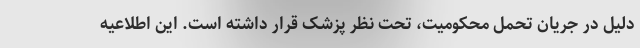
دلیل در جریان تحمل محکومیت، تحت نظر پزشک قرار داشته است. این اطلاعیه